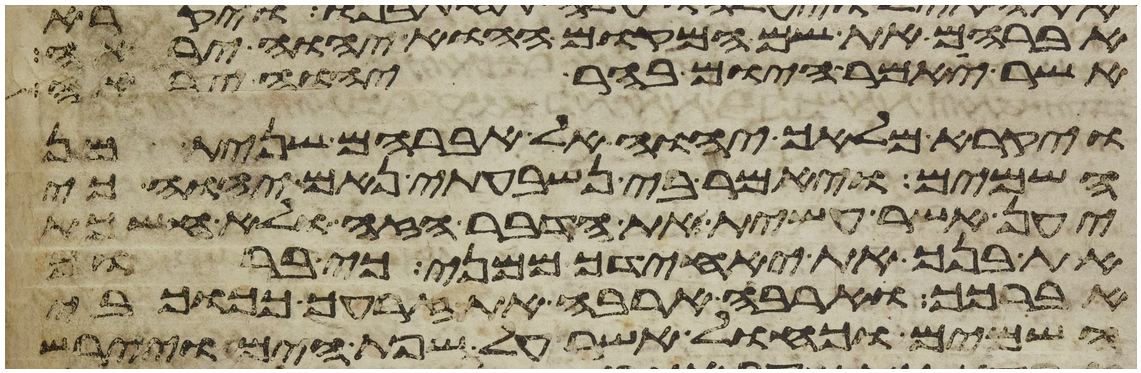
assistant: אברהם את שם המקום ההוא יהוה יראה
אשר יאמר היום בהר יהוה יראה
ויקרא מלאך יהוה אל אברהם שנית מן
השמים ויאמר בי נשבעתי נאם יהוה כי
יען אשר עשית את הדבר הזה ולא חשכת
את בנך את יחידך ממני כי ברוך
אברכך והרבה ארבה את זרעך ככוכבי
השמים וכחול אשר על שפת הים ויירש